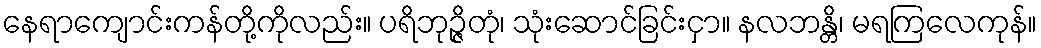
နေရာကျောင်းကန်တို့ကိုလည်း။ ပရိဘုဉ္ဇိတုံ၊ သုံးဆောင်ခြင်းငှာ။ နလဘန္တိ၊ မရကြလေကုန်။